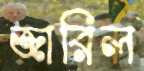
জারিল